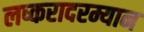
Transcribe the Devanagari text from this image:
लष्करादरम्यान